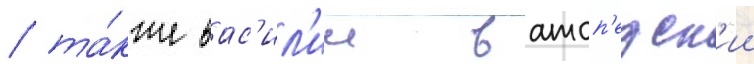
/ та́кже вас'ил'ии ватоп'едск'ии